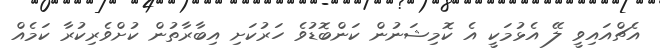
އެޗްއައިވީ ލޭ އެޅުމަކީ އެ ކޮމިޝަނުން ކަންބޮޑުވެ ހަރުކަށި އިބާރާތުން ކުށްވެރިކުރާ ކަމެއް